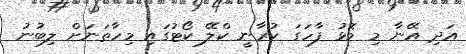
އަދި އޭނާ މި މޮޅު ފާހަގަ ކުރާނީ ކްލޭ ކޯޓުގައި މިހާތަނަށް ލިބުނު